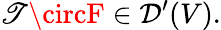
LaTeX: \mathscr{T}\circF\in{\mathcal{{D}}}^{\prime}(V).